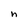
Character: n